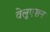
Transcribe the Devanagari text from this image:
वेलूएशन